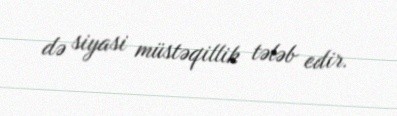
də siyasi müstəqillik tələb edir.